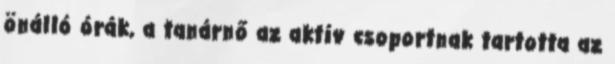
önálló órák, a tanárnő az aktív csoportnak tartotta az